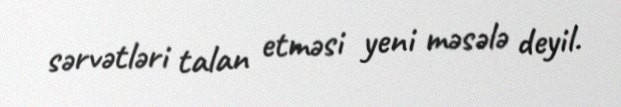
sərvətləri talan etməsi yeni məsələ deyil.